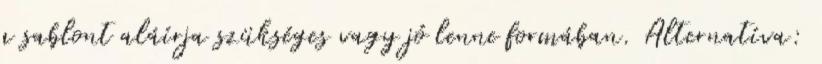
a sablont aláírja szükséges vagy jó lenne formában. Alternatíva: